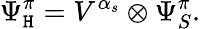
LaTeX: \Psi_{\mathtt{H}}^{\pi}=V^{\alpha_{s}}\otimes\Psi_{S}^{\pi}.